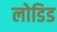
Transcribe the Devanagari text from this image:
लोडिड